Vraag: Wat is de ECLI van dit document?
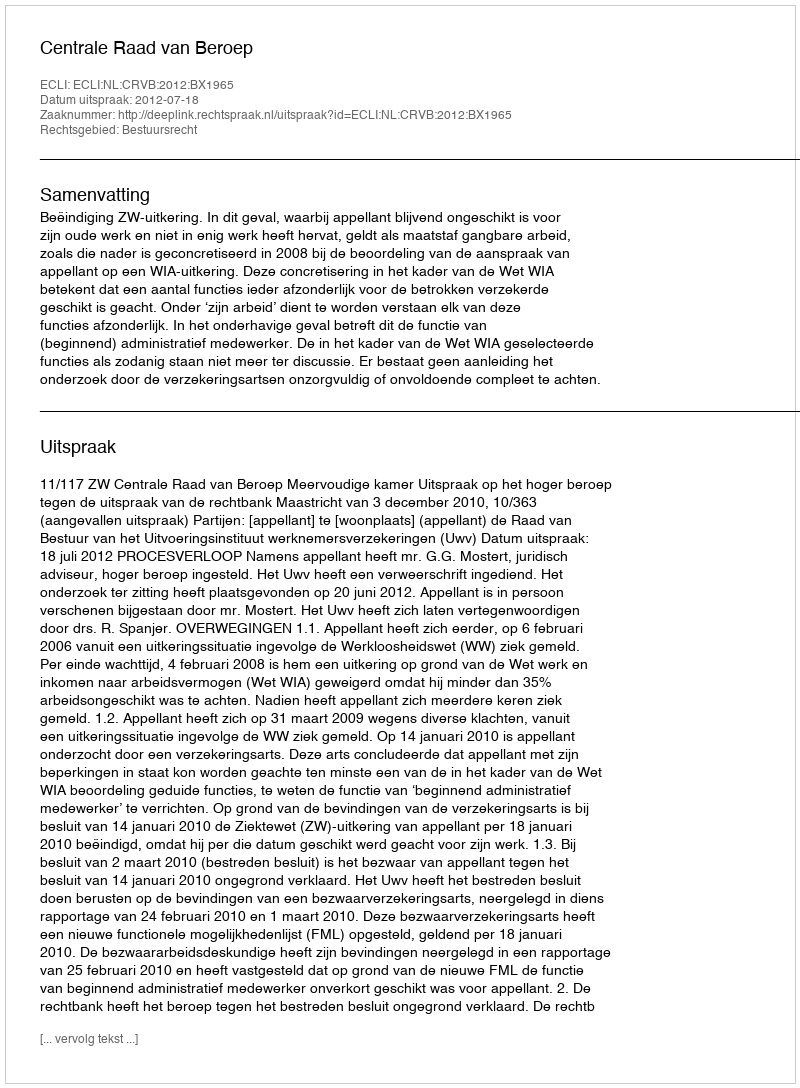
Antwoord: ECLI:NL:CRVB:2012:BX1965